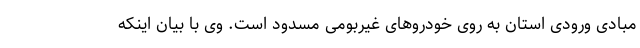
مبادی ورودی استان به روی خودروهای غیربومی مسدود است. وی با بیان اینکه